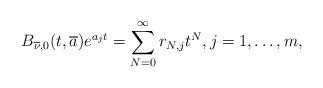
LaTeX: \begin{align*}B_{\overline{\nu},0} (t,\overline{a}) e^{a_j t} = \sum_{N=0}^\infty r_{N, j} t^N, j = 1, \ldots, m,\end{align*}